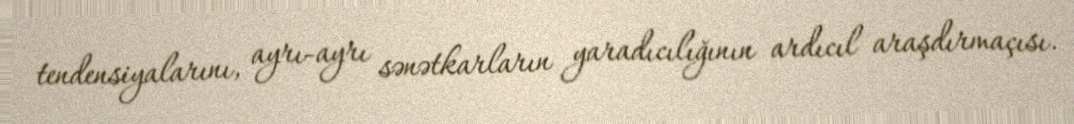
tendensiyalarını, ayrı-ayrı sənətkarların yaradıcılığının ardıcıl araşdırmaçısı.